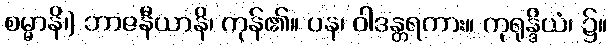
စမ္မာနိ၊) ဘာဇနီယာနိ၊ ကုန်၏။ ပန၊ ဝါဒန္တရကား။ ကုရုန္ဒိယံ၊ ၌။